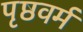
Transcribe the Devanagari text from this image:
पृष्ठवर्म